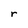
Character: r